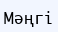
Мәңгі